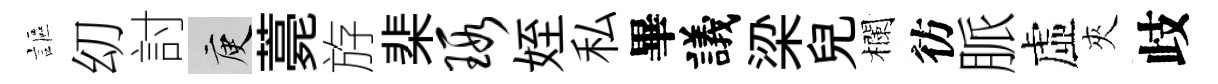
謳㓜討庾薧斿棐瑕姪私畢議梁兒欄彷脈虛夾歧